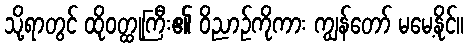
သို့ရာတွင် ထိုဝတ္ထုကြီး၏ ဝိညာဉ်ကိုကား ကျွန်တော် မမေ့နိုင်။